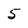
Character: 5